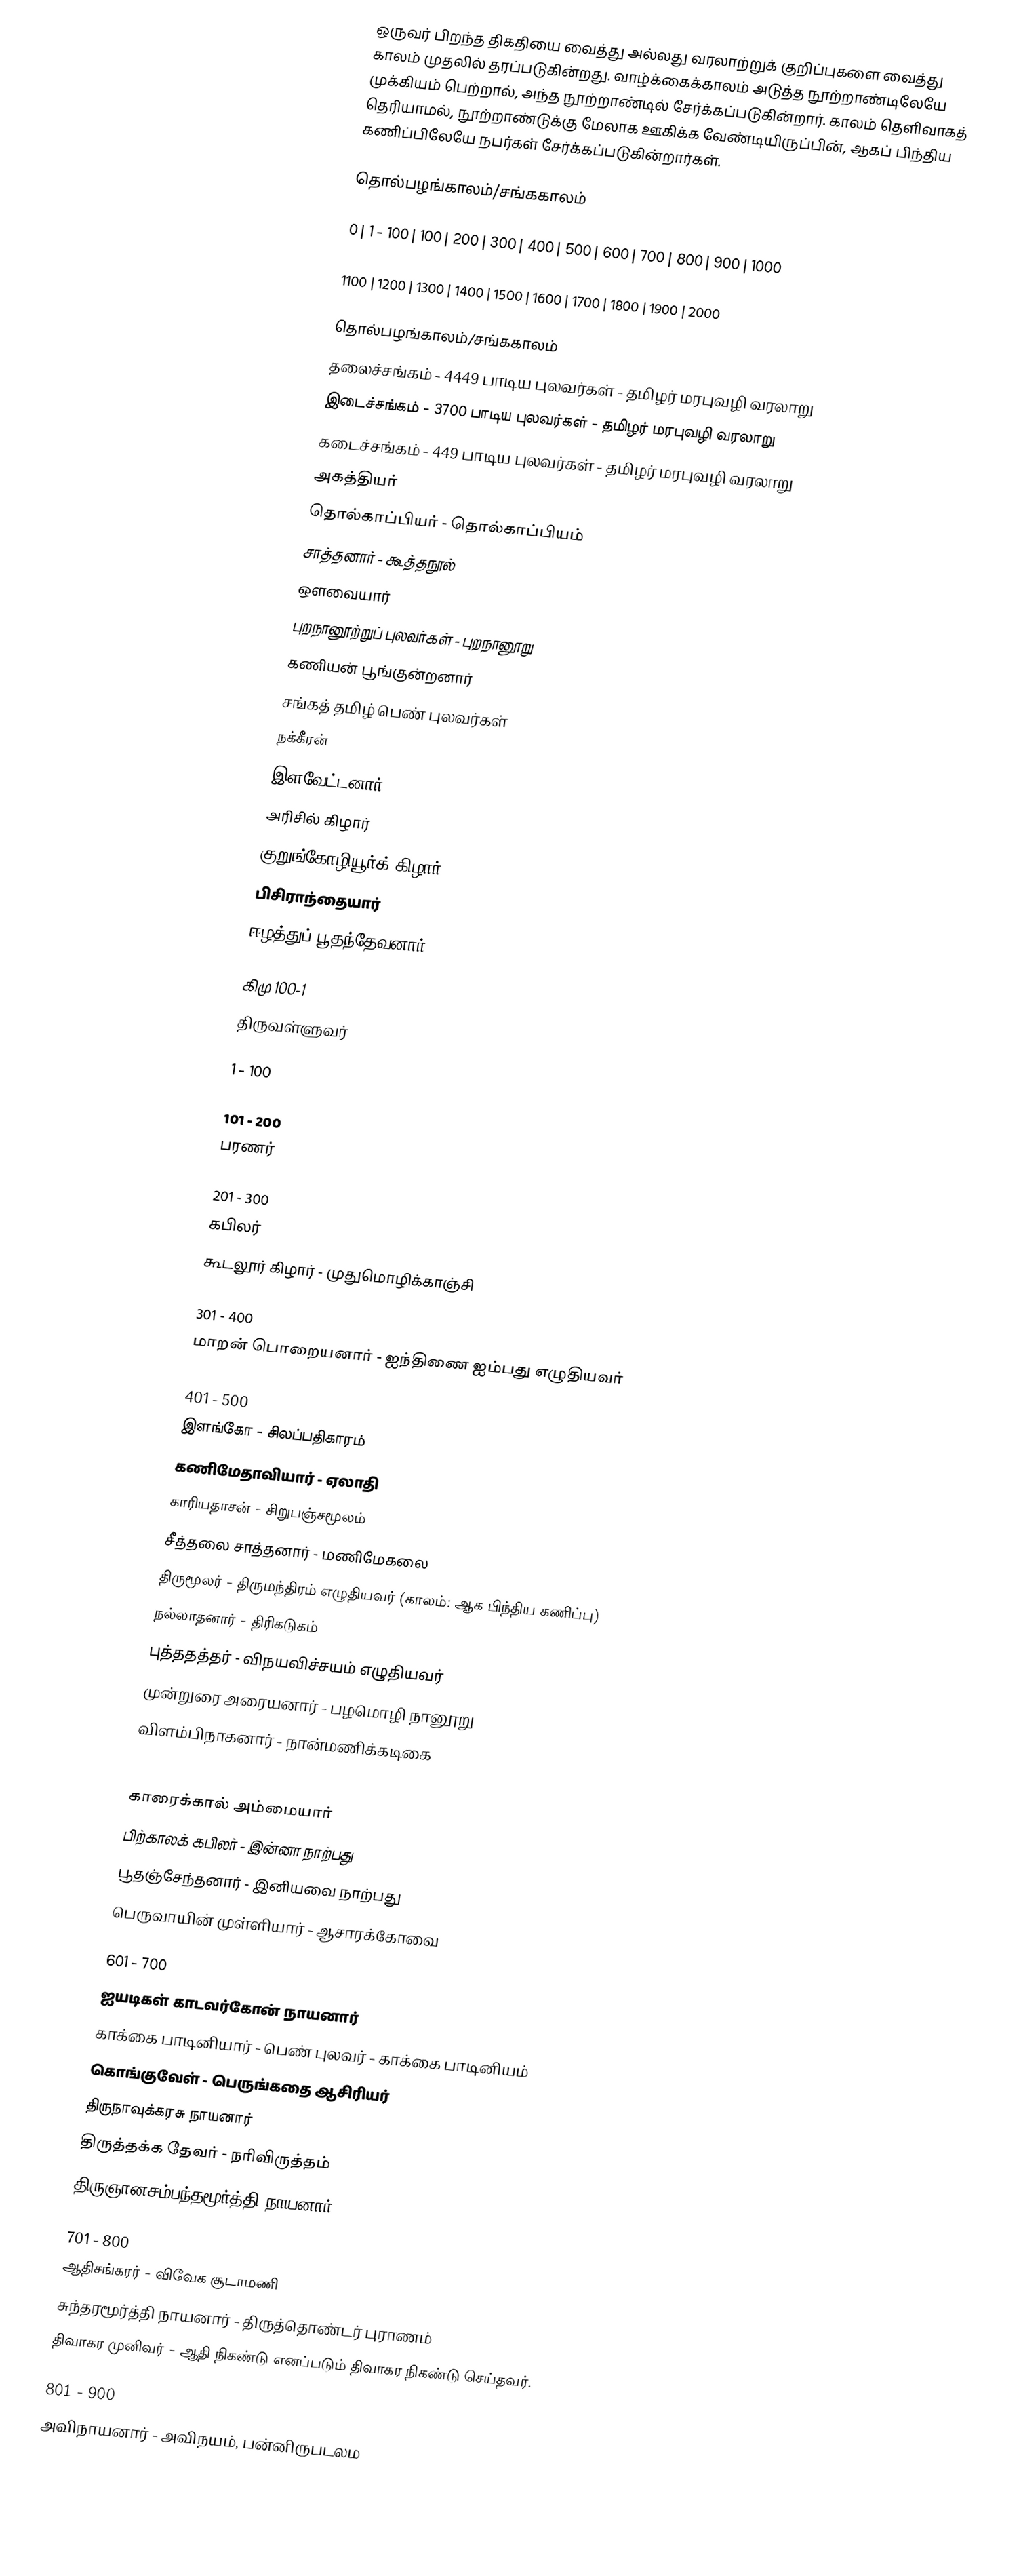
ஒருவர் பிறந்த திகதியை வைத்து அல்லது வரலாற்றுக் குறிப்புகளை வைத்து காலம் முதலில் தரப்படுகின்றது. வாழ்க்கைக்காலம் அடுத்த நூற்றாண்டிலேயே முக்கியம் பெற்றால், அந்த நூற்றாண்டில் சேர்க்கப்படுகின்றார்.  காலம் தெளிவாகத் தெரியாமல், நூற்றாண்டுக்கு மேலாக ஊகிக்க வேண்டியிருப்பின், ஆகப் பிந்திய கணிப்பிலேயே நபர்கள் சேர்க்கப்படுகின்றார்கள்.

தொல்பழங்காலம்/சங்ககாலம்

0 | 1 - 100 | 100  | 200 | 300 | 400 | 500 | 600 | 700 | 800 | 900 | 1000

1100 | 1200 | 1300 | 1400 | 1500 | 1600 | 1700 | 1800 | 1900  | 2000

தொல்பழங்காலம்/சங்ககாலம்
 தலைச்சங்கம் - 4449 பாடிய புலவர்கள் - தமிழர் மரபுவழி வரலாறு
 இடைச்சங்கம் - 3700 பாடிய புலவர்கள் - தமிழர் மரபுவழி வரலாறு
 கடைச்சங்கம் - 449 பாடிய புலவர்கள் - தமிழர் மரபுவழி வரலாறு
 அகத்தியர்
 தொல்காப்பியர் - தொல்காப்பியம்
 சாத்தனார் - கூத்தநூல்
 ஔவையார்
 புறநானூற்றுப் புலவர்கள் - புறநானூறு
 கணியன் பூங்குன்றனார்
 சங்கத் தமிழ் பெண் புலவர்கள்
 நக்கீரன்
 இளவேட்டனார்
 அரிசில் கிழார்
 குறுங்கோழியூர்க் கிழார்
 பிசிராந்தையார்
 ஈழத்துப் பூதந்தேவனார்

கிமு 100-1
 திருவள்ளுவர்

1 - 100

101 - 200
 பரணர்

201 - 300
 கபிலர்
 கூடலூர் கிழார் - முதுமொழிக்காஞ்சி

301 - 400
 மாறன் பொறையனார் - ஐந்திணை ஐம்பது எழுதியவர்

401 - 500
 இளங்கோ - சிலப்பதிகாரம்
 கணிமேதாவியார் - ஏலாதி
 காரியதாசன் - சிறுபஞ்சமூலம்
 சீத்தலை சாத்தனார் - மணிமேகலை
 திருமூலர் - திருமந்திரம் எழுதியவர் (காலம்: ஆக பிந்திய கணிப்பு)
 நல்லாதனார் - திரிகடுகம்
 புத்ததத்தர் - விநயவிச்சயம் எழுதியவர்
 முன்றுரை அரையனார் - பழமொழி நானூறு
 விளம்பிநாகனார் - நான்மணிக்கடிகை

501 - 600
 காரைக்கால் அம்மையார்
 பிற்காலக் கபிலர் - இன்னா நாற்பது
 பூதஞ்சேந்தனார் - இனியவை நாற்பது
 பெருவாயின் முள்ளியார் - ஆசாரக்கோவை

601 - 700
 ஐயடிகள் காடவர்கோன் நாயனார்
 காக்கை பாடினியார் - பெண் புலவர் - காக்கை பாடினியம்
 கொங்குவேள் - பெருங்கதை ஆசிரியர்
திருநாவுக்கரசு நாயனார்
 திருத்தக்க தேவர் - நரிவிருத்தம்
திருஞானசம்பந்தமூர்த்தி நாயனார்

701 - 800
 ஆதிசங்கரர் - விவேக சூடாமணி
 சுந்தரமூர்த்தி நாயனார்  - திருத்தொண்டர் புராணம்
 திவாகர முனிவர் - ஆதி நிகண்டு எனப்படும் திவாகர நிகண்டு செய்தவர்.

801 - 900
 அவிநாயனார் - அவிநயம், பன்னிருபடலம